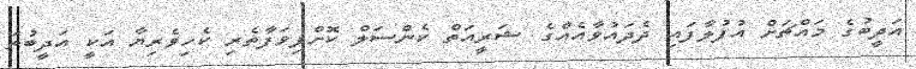
އަދީބުގެ މައްޗަށް އުފުލާފައި ދެދައުވާއެއްގެ ޝަރީއަތް ކެންސަލް ކޮށްފިވަފާތެރި ކެހިވެރިޔާ އަކީ އަދީބުތަ